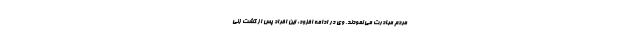
مردم مبادرت می نمودند. وی در ادامه افزود: این افراد پس از گشت زنی